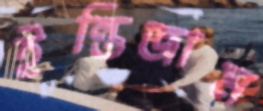
ইন্তিজাম